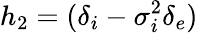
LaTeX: h_{2}=(\delta_{i}-\sigma_{i}^{2}\delta_{e})